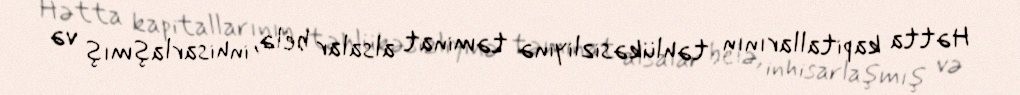
Hətta kapitallarının təhlükəsizliyinə təminat alsalar belə, inhisarlaşmış və